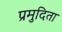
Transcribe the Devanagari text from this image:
प्रमुदिता